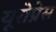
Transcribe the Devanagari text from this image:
यूरोप्रेस